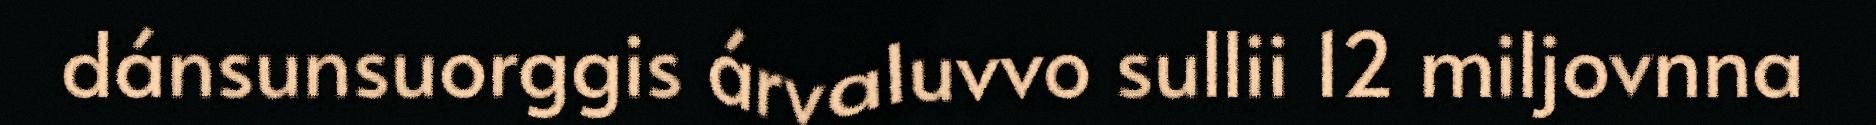
dánsunsuorggis árvaluvvo sullii 12 miljovnna